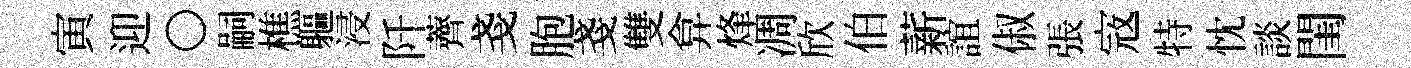
寅迎〇嗣樵軀浸阡薺戔胞戔雙弇烽凋欣伯薪誼俶張𡨥特忱談閨